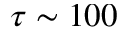
\tau \sim 1 0 0